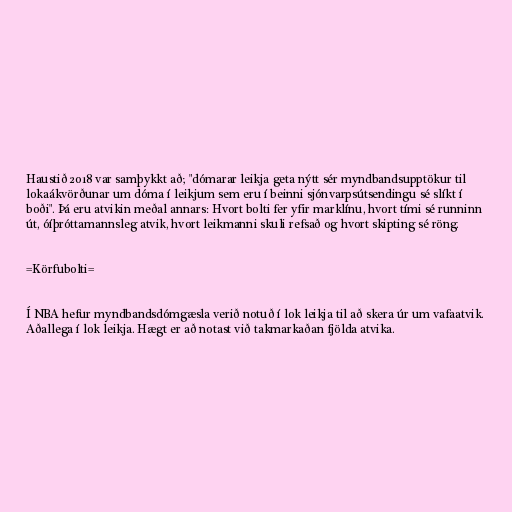
Haustið 2018 var samþykkt að; "dómarar leikja geta nýtt sér myndbandsupptökur til
lokaákvörðunar um dóma í leikjum sem eru í beinni sjónvarpsútsendingu sé slíkt í
boði". Þá eru atvikin meðal annars: Hvort bolti fer yfir marklínu, hvort tími sé runninn
út, óíþróttamannsleg atvik, hvort leikmanni skuli refsað og hvort skipting sé röng.

=Körfubolti=

Í NBA hefur myndbandsdómgæsla verið notuð í lok leikja til að skera úr um vafaatvik.
Aðallega í lok leikja. Hægt er að notast við takmarkaðan fjölda atvika.